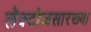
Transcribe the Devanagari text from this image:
लॅक्टोजसारख्या